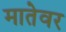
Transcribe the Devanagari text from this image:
मातेवर